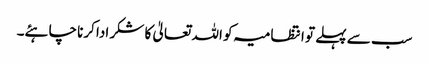
سب سے پہلے تو انتظامیہ کو اللہ تعالیٰ کا شکر ادا کرنا چاہئے۔